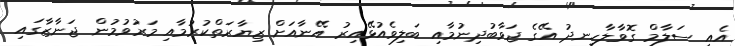
އެއީ ސަލާމް ގޮޮވާލާހިނދު އޭގެ ޖަވާބުދިނުމާއި ބަލިވެއުޅޭއިރު އޭނާއަށް ޒިޔާރަތްކުރުމާއި މަރުވުމުން ޖަނާޒާގައި